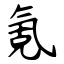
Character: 氪